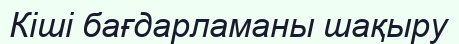
Кіші бағдарламаны шақыру